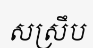
សស្រឹប